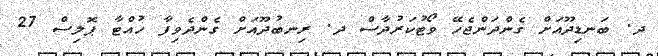
ދ. ބަނޑިދޫއަށް ގެންދަންޖެހޭ ވޯޓުކަރުދާސް ދ. ރިނބުދޫއަށް ގެންދެވިފާ ހުއްޓާ ޕޮލިސް 27